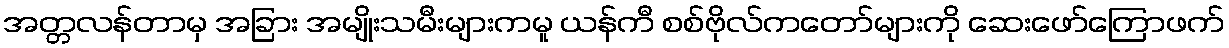
အတ္တလန်တာမှ အခြား အမျိုးသမီးများကမူ ယန်ကီ စစ်ဗိုလ်ကတော်များကို ဆေးဖော်ကြောဖက်